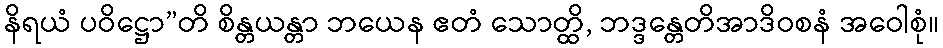
နိရယံ ပဝိဋ္ဌော”တိ စိန္တယန္တာ ဘယေန ဧတံ သောတ္ထိ, ဘဒ္ဒန္တေတိအာဒိဝစနံ အဝေါစုံ။